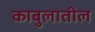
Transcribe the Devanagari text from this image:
काबुलातील